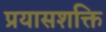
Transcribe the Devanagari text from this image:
प्रयासशक्ति